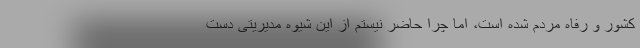
کشور و رفاه مردم شده است، اما چرا حاضر نیستم از این شیوه مدیریتی دست